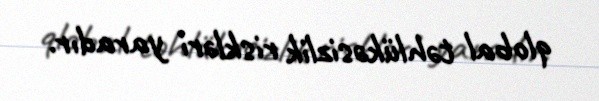
qlobal təhlükəsizlik riskləri yaradır.